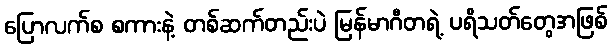
ပြောလက်စ စကားနဲ့ တစ်ဆက်တည်းပဲ မြန်မာဂီတရဲ့ ပရိသတ်တွေအဖြစ်